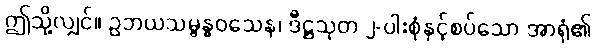
ဤသို့လျှင်။ ဥဘယသမ္ဗန္ဓဝသေန၊ ဒီဋ္ဌသုတ ၂-ပါးစုံနှင့်စပ်သော အာရုံ၏